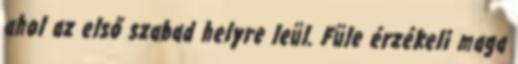
ahol az első szabad helyre leül. Füle érzékeli maga